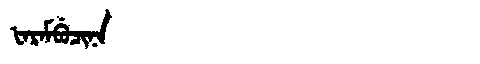
Manchu: ᡶᠠᡵᠠᠮᠪᡠᠴᡳᠨᠠ
Romanization: FARAMBUCINA